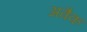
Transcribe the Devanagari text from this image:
अवैक